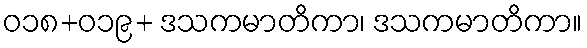
ဝ၁၈+၀၁၉+ ဒသကမာတိကာ၊ ဒသကမာတိကာ။